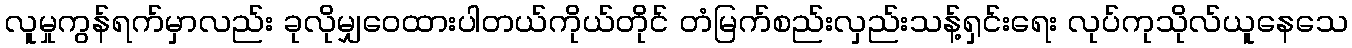
လူမှုကွန်ရက်မှာလည်း ခုလိုမျှဝေထားပါတယ်ကိုယ်တိုင် တံမြက်စည်းလှည်းသန့်ရှင်းရေး လုပ်ကုသိုလ်ယူနေသေ